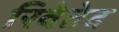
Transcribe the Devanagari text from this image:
रिवेतेद